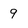
Character: 9